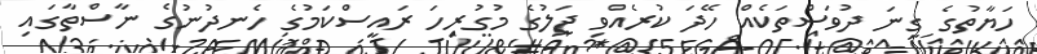
ހަޔާތުގެ ގިނަ ދުވަސްތަކެއް ހޭދަ ކުރެއްވި ޖަލުގެ މުގުރިހަ ރައީސްކަމުގެ ހެނދުނުގެ ނާސްތާގައި